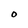
Character: O